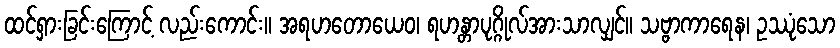
ထင်ရှားခြင်းကြောင့် လည်းကောင်း။ အရဟတောယေဝ၊ ရဟန္တာပုဂ္ဂိုလ်အားသာလျှင်။ သဗ္ဗာကာရေန၊ ဥဿုံသော